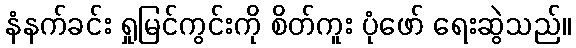
နံနက်ခင်း ရှုမြင်ကွင်းကို စိတ်ကူး ပုံဖော် ရေးဆွဲသည်။